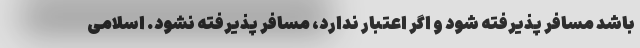
باشد مسافر پذیرفته شود و اگر اعتبار ندارد، مسافر پذیرفته نشود. اسلامی